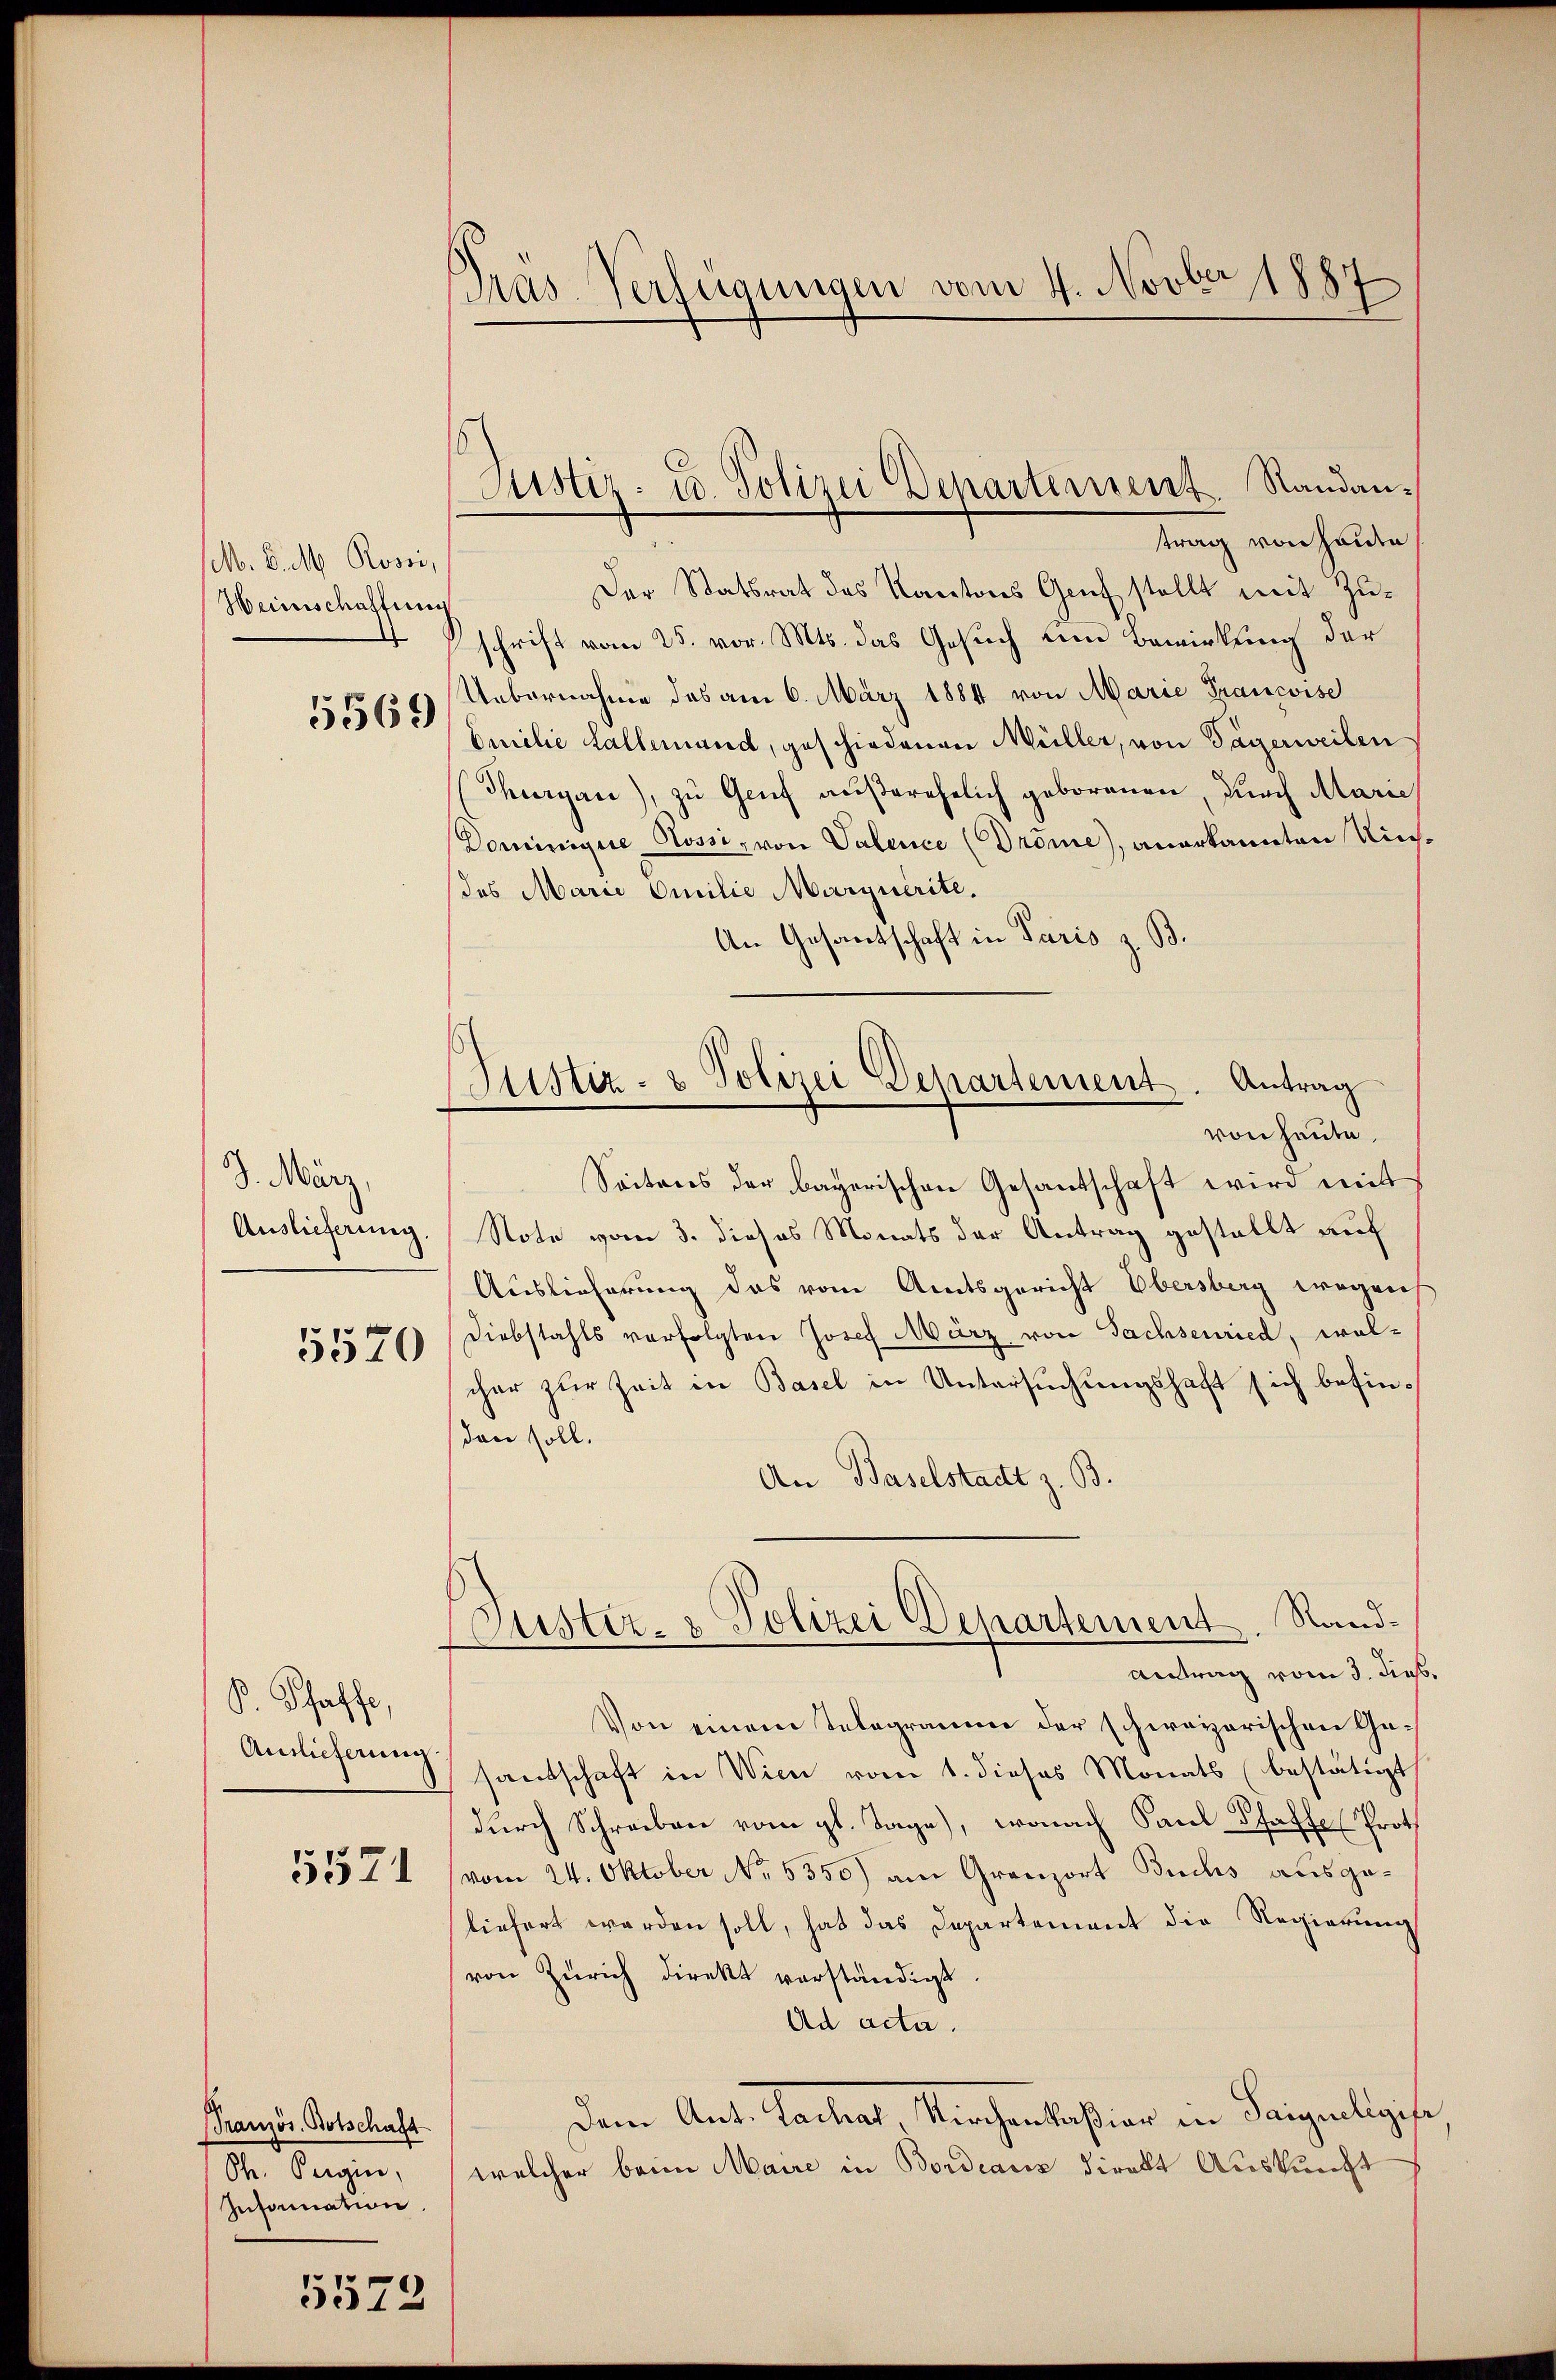
(M. D. M. Rossi,
Heinschaftung

5569

J. März
Auslieferung.

5520

P. Schaffe,
Antlicherung.

5521

Französ. Botschaft
S. Tagen
Information.

5572

Präs. Verfügungen vom 4. Novber 1887

trag von Handen
Der Statsrat des Kantons Genf stellt mit Zuschrift vom 25. vor. Mts. das Gesuch um Bewirkung der
Uebernahme das am 6. März 1884 von Marie Francoise
Omilie Lallemand, geschiedenen Müller, von Tägerweilen
Thurgau), zŭ Genf aŭβerehelich geborenen, durch Marie
Dominigue Kossi, von Valence (Dröme), anerkannten Kies¬
(des Marie Emilie Marquerite.
An Gesantschaft in Paris z. B.
Seitens der bayerischen Gesantschaft wird mit
Note vom 3. dieses Monats der Antrag gestellt auf
Auslieferung das vom Amtsgericht Obersberg wegens
Diebstahls verfolgten Josef März von Sachsenried, welcher zur Zeit in Basel in Untersuchungshaft sich befinden soll.
An Baselstadt z. B.
Gustiz- & Polizei Departement. Sand¬
Antrag vom 3. dies
Von einem Telegramm der schweizerischen Gesantschaft in Wien vom 1. dieses Monats (bestätigt
durch Schreiben vom gl. Tage), wonach Saul Pfaffe Prot
vom 24. Oktober No. 5350) am Gränz(...) Buchs ausgeliefert werden soll, hat das Departement die Regierung
von Zürich direkt verständigt.
Ad acta.
¬
dem Ant. Tachat, Kirchenkaßion in Parzeligife
welcher beim Maire in Bordiaris direkt Auskunft

Justiz- u. Polizei Departement. Randan¬

Justiz- & Polizei Departement. Antrag
von heute.